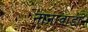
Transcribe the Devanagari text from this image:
नानावाडा